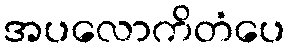
အပလောကိတံပေ